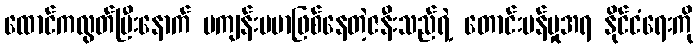
ထောင်ကလွတ်ပြီးနောက် မကျန်းမမာဖြစ်နေတဲ့ဇနီးသည်ရဲ့ တောင်းပန်မှုအရ နိုင်ငံရေးကို